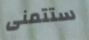
ستتمنى